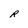
Character: R